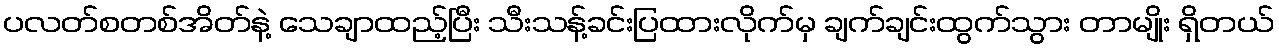
ပလတ်စတစ်အိတ်နဲ့ သေချာထည့်ပြီး သီးသန့်ခင်းပြထားလိုက်မှ ချက်ချင်းထွက်သွား တာမျိုး ရှိတယ်